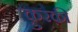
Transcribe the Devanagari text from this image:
क़ुरक़ी